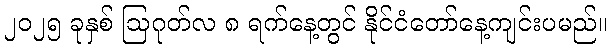
၂၀၂၅ ခုနှစ် ဩဂုတ်လ ၈ ရက်နေ့တွင် နိုင်ငံတော်နေ့ကျင်းပမည်။